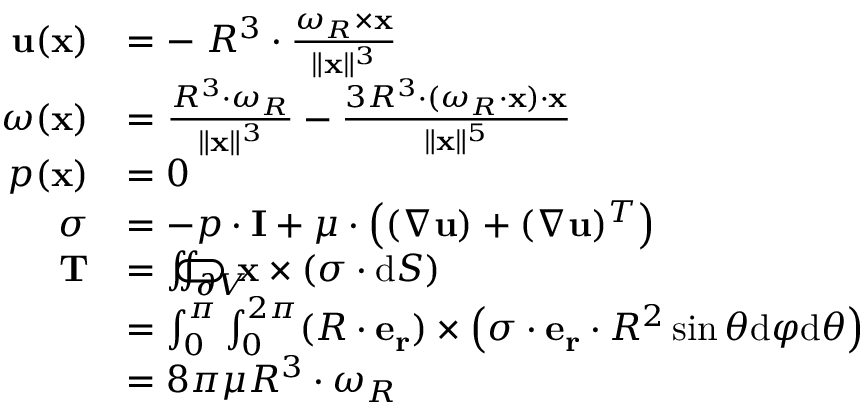
{ \begin{array} { r l } { \mathbf { u } ( \mathbf { x } ) } & { = - \; R ^ { 3 } \cdot { \frac { { \boldsymbol { \omega } } _ { R } \times \mathbf { x } } { \| \mathbf { x } \| ^ { 3 } } } } \\ { { \boldsymbol { \omega } } ( \mathbf { x } ) } & { = { \frac { R ^ { 3 } \cdot { \boldsymbol { \omega } } _ { R } } { \| \mathbf { x } \| ^ { 3 } } } - { \frac { 3 R ^ { 3 } \cdot ( { \boldsymbol { \omega } } _ { R } \cdot \mathbf { x } ) \cdot \mathbf { x } } { \| \mathbf { x } \| ^ { 5 } } } } \\ { p ( \mathbf { x } ) } & { = 0 } \\ { { \boldsymbol { \sigma } } } & { = - p \cdot \mathbf { I } + \mu \cdot \left( ( \nabla \mathbf { u } ) + ( \nabla \mathbf { u } ) ^ { T } \right) } \\ { \mathbf { T } } & { = \iint _ { \partial V } \! \! \! \! \! \! \! \! \! \! \! \! \! \! \subset \! \supset \mathbf { x } \times \left( { \boldsymbol { \sigma } } \cdot { \mathrm { d } } { \boldsymbol { S } } \right) } \\ & { = \int _ { 0 } ^ { \pi } \int _ { 0 } ^ { 2 \pi } ( R \cdot \mathbf { e _ { r } } ) \times \left( { \boldsymbol { \sigma } } \cdot \mathbf { e _ { r } } \cdot R ^ { 2 } \sin \theta { \mathrm { d } } \varphi { \mathrm { d } } \theta \right) } \\ & { = 8 \pi \mu R ^ { 3 } \cdot { \boldsymbol { \omega } } _ { R } } \end{array} }